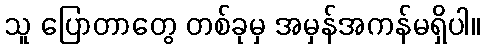
သူ ပြောတာတွေ တစ်ခုမှ အမှန်အကန်မရှိပါ။